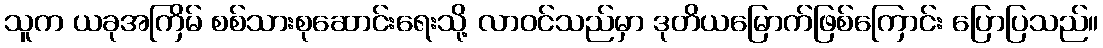
သူက ယခုအကြိမ် စစ်သားစုဆောင်းရေးသို့ လာဝင်သည်မှာ ဒုတိယမြောက်ဖြစ်ကြောင်း ပြောပြသည်။